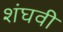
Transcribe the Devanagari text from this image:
शंघवी